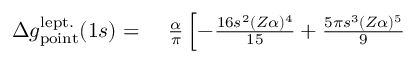
\begin{array} { r l } { \Delta { g } _ { \mathrm { p o i n t } } ^ { \mathrm { l e p t . } } ( 1 s ) = \ } & { { } \frac { \alpha } { \pi } \left[ - \frac { 1 6 s ^ { 2 } ( Z \alpha ) ^ { 4 } } { 1 5 } + \frac { 5 \pi s ^ { 3 } ( Z \alpha ) ^ { 5 } } { 9 } \right. } \end{array}